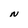
Character: N